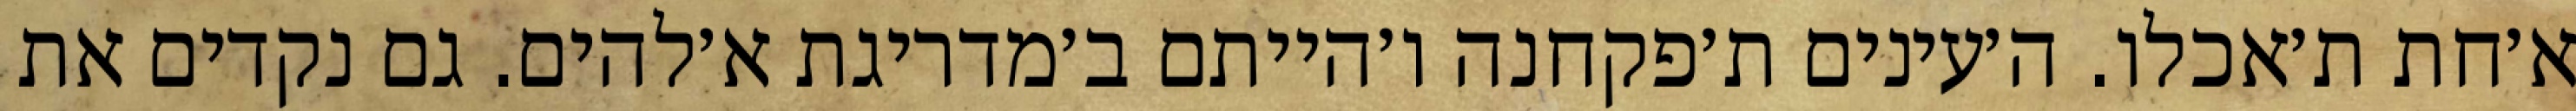
א׳חת ת׳אכלו. ה׳עינים ת׳פקחנה ו׳הייתם ב׳מדריגת א׳להים. גם נקדים את